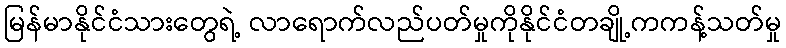
မြန်မာနိုင်ငံသားတွေရဲ့ လာရောက်လည်ပတ်မှုကိုနိုင်ငံတချို့ကကန့်သတ်မှု